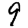
Digit: 9